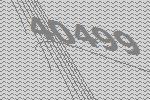
40499